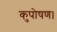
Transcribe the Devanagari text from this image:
कुपोषण।